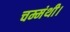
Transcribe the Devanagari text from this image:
चम्मंथी।